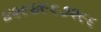
૪૨૯૪૯૬૭૨૯૬